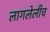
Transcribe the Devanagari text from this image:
लागलेलीच